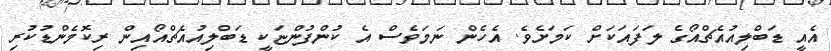
އެއީ ޑަބްލިއުއެޗްއޯގެ ލަފައަކަށް ކަމަށެވެ. އެހެން ނަމަވެސް އެ ކުންފުންޏަކީ ޑަބްލިއުއެޗްއޯއިން ރިކޮމެންޑުކުރި